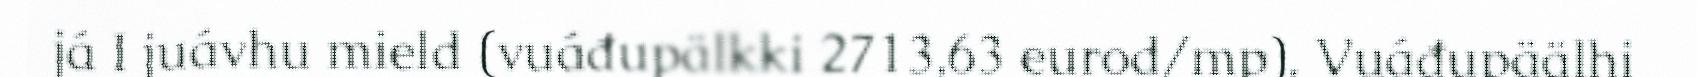
já I juávhu mield (vuáđupälkki 2713,63 eurod/mp). Vuáđupäälhi